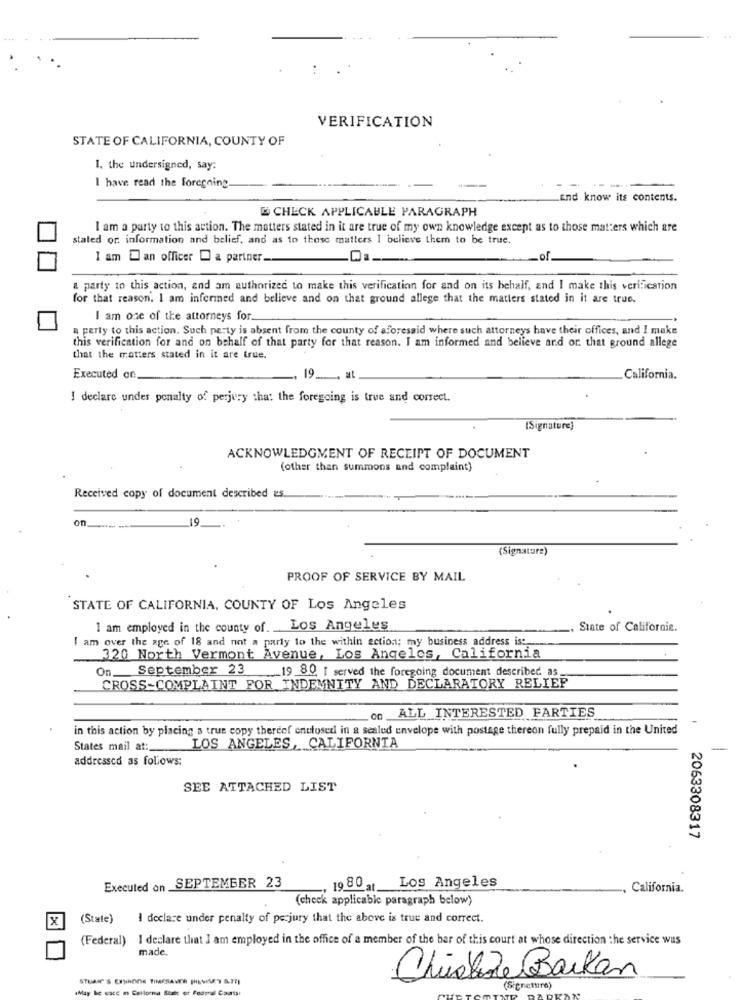
VERIFICATION
STATE OF CALIFORNIA, COUNTY OF
1. the undersigned, say:
I have read the forcening
End know its contents.
& CHECK APPLICABLE PARAGRAPH
I am a party to this action. The matters stated in it are true of my own knowledge except as to those matters which are
stated or. information and belief, and as to those matters I believe them to be true.
I am an officer [ a partner.
.of
& party to this action, and am authorized to make this verification for and on its behalf, and I make this verification
for that reason. I am inferined and believe and on that ground allege that the matters stated in it are true.
I am one of the attorneys for.
a perty to this action. Such perty is absent from the county of aforesaid where such attorneys have their offices, and I make
this verification for and on behalf of that party for that reason. I am informed and believe and or that ground allege
that the matters stated in it are true.
Executed on
9 ..... at
California.
I declare under penalty of perjury that the foregoing is true and correct.
(Signature)
ACKNOWLEDGMENT OF RECEIPT OF DOCUMENT
(other than summons and complaint)
Received copy of document described as.
on
19
(Signature)
PROOF OF SERVICE BY MAIL
STATE OF CALIFORNIA, COUNTY OF Los Angeles
I am employed in the county of. _ Los Angeles
State of Californie.
am over the age of 18 and not a party to the within action; my business address is :.
320 North Vermont Avenue, Los Angeles, California
On September 23 19 80 I served the foregoing document described as
CROSS-COMPLAINT FOR INDEMNITY AND DECLARATORY RELIEF
on ALL INTERESTED PARTIES
in this action by placing a true copy thereef enclosed in a sealed envelope with postage thereon fully prepaid in the United
States mail at:
LOS ANGELES, CALIFORNIA
addressed as follows:
SEE ATTACHED LIST
2063308317
Executed on SEPTEMBER 23
. 1980, Los Angeles
California.
(check applicable paragraph below)
x
(State)
I declare under penalty of perjury that the above is true and correct.
(Federal) I declare that I am employed in the office of a member of the bar of this court at whose direction the service wus
made.
Chuckde Barkan
(May Be vacc m Callorma State of Federal Caurtsi
(Signettira)